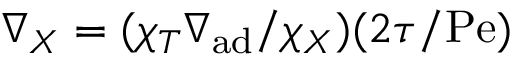
\nabla _ { X } = ( \chi _ { T } \nabla _ { \mathrm { a d } } / \chi _ { X } ) ( 2 \tau / \mathrm { P e } )